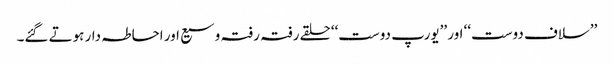
’’سلاف دوست‘‘ اور ’’یورپ دوست‘‘ حلقے رفتہ رفتہ وسیع اور احاطہ دار ہوتے گئے۔